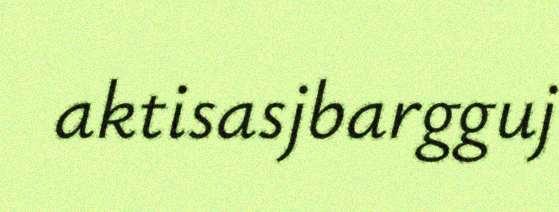
aktisasjbargguj